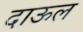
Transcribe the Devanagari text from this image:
दाऊल